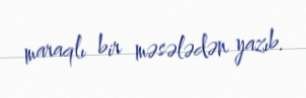
maraqlı bir məsələdən yazıb.